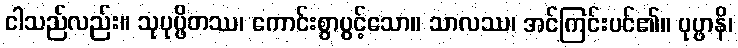
ငါသည်လည်း။ သုပုပ္ဖိတဿ၊ ကောင်းစွာပွင့်သော။ သာလဿ၊ အင်ကြင်းပင်၏။ ပုပ္ဖာနိ၊